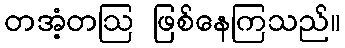
တအံ့တဩ ဖြစ်နေကြသည်။